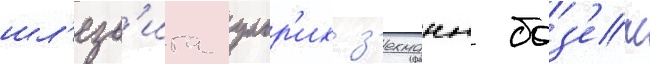
шл'езв'ига ульр'их з'ехманн боз'ен